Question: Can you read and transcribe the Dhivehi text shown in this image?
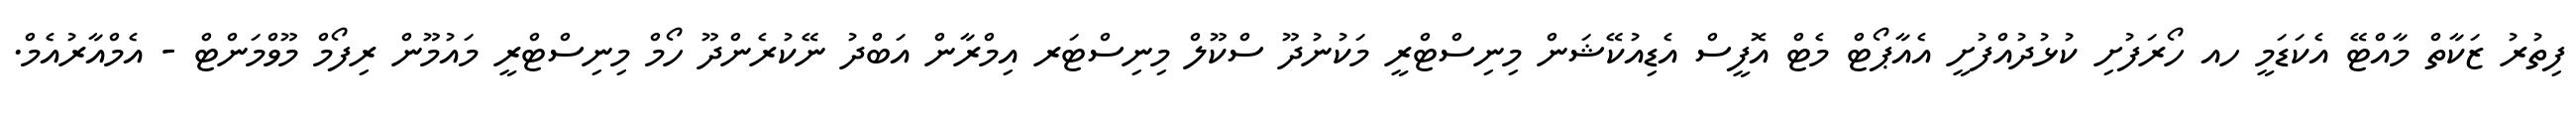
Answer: ފިތުރު ޒަކާތް މާއްޓޭ އެކަޑަމީ ހއ ހޯރަފުށި ކުޅުދުއްފުށީ އެއާޕޯޓް މެޓް އޮފީސް އެޑިއުކޭޝަން މިނިސްޓްރީ މަކުނުދޫ ސްކޫލް މިނިސްޓަރ އިމްރާން އަބްދު ނޭކުރެންދޫ ހޯމް މިނިސްޓްރީ މައުމޫން ރިފޯމް މޫވްމަންޓް - އެމްއާރުއެމް.